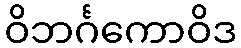
ဝိဘင်္ဂကောဝိဒ